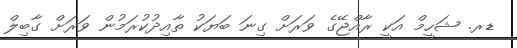
ޑރ. ޝަހީމް އަކީ ރާއްޖޭގެ ވަރަށް ގިނަ ބަޔަކު ތާއިދުކުރަމުން ވަރަށް ގާބިލް